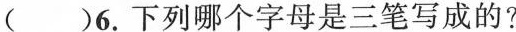
( )6.下列哪个字母是三笔写成的?